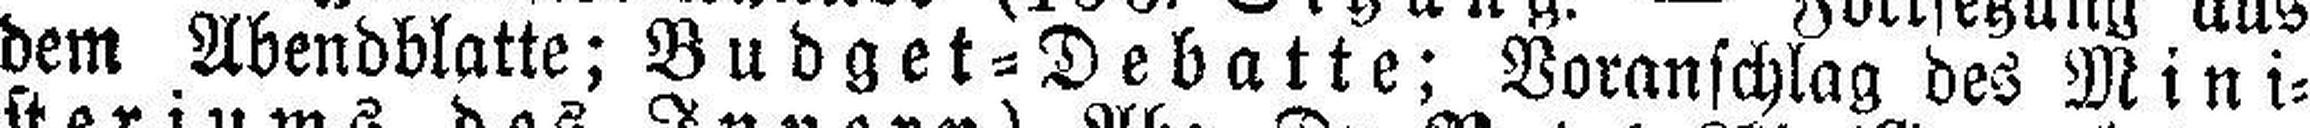
dem Abendblatte; Budget=Debatte: Voranschlag des Mini¬